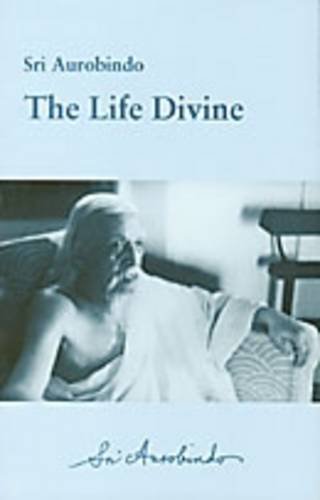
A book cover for The Life Divine; Sri Aurobindo; Politics & Social Sciences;